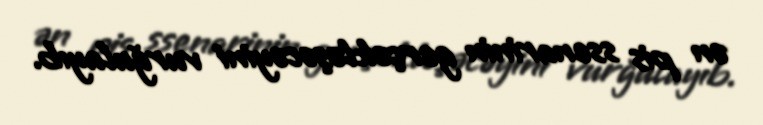
ən pis ssenarinin gerçəkləşəcəyini vurğulayıb.